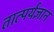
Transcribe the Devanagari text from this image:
तात्पर्यज्ञान